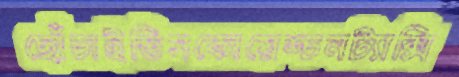
ছোঁচাইতিসকোয়েশ্চনট্যাক্সি